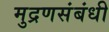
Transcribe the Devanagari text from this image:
मुद्रणसंबंधी